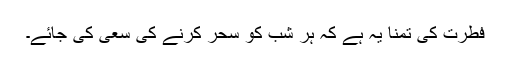
فطرت کی تمنا یہ ہے کہ ہر شب کو سحر کرنے کی سعی کی جائے۔